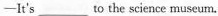
—It's___ to the science museum.